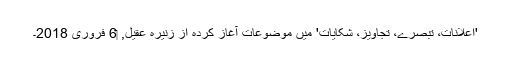
'اِعلانات، تبصرے، تجاویز، شکایات' میں موضوعات آغاز کردہ از زنیرہ عقیل, ‏6 فروری 2018۔